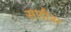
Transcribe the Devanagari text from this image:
साडीस